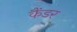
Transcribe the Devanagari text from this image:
कैंडर